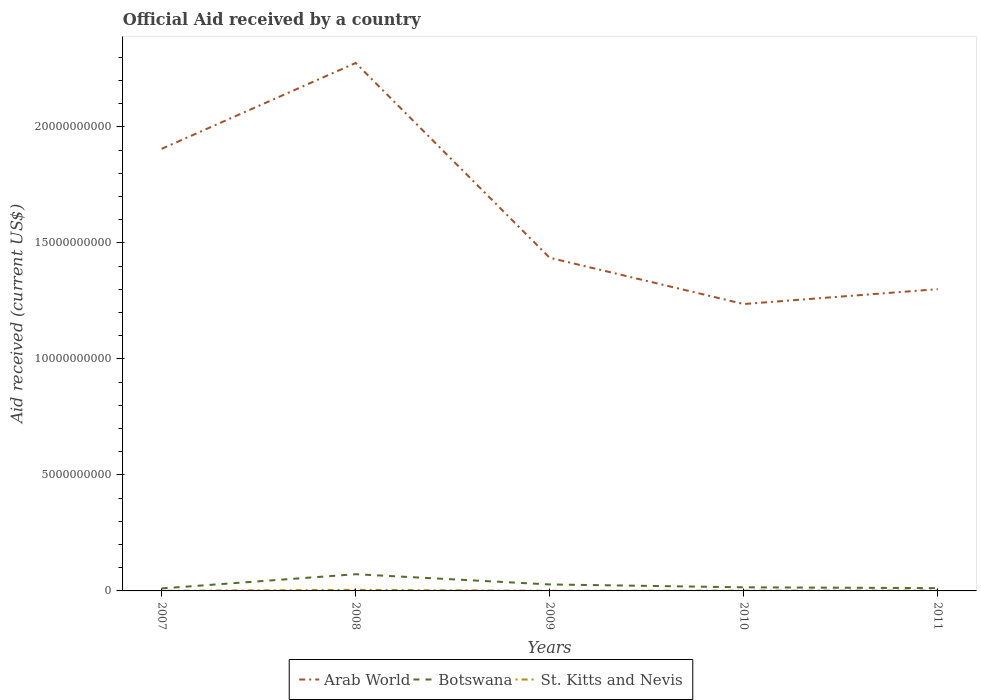
| Years | Arab World | Botswana | St. Kitts and Nevis |
 | --- | --- | --- | --- |
 | 2007 | 1.91e+10 | 1.08e+08 | 3.44e+06 |
 | 2008 | 2.28e+10 | 7.2e+08 | 4.68e+07 |
 | 2009 | 1.44e+10 | 2.79e+08 | 5.13e+06 |
 | 2010 | 1.24e+10 | 1.56e+08 | 1.14e+07 |
 | 2011 | 1.3e+10 | 1.2e+08 | 1.60e+07 |